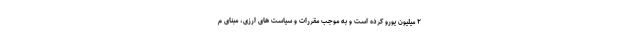
۲ میلیون یورو کرده است و به موجب مقررات و سیاست های ارزی، مبنای م